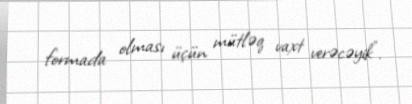
formada olması üçün mütləq vaxt verəcəyik".